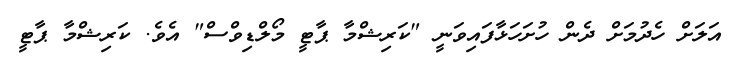
އަލަށް ހެދުމަށް ދެން ހުށަހަޅާފައިވަނީ "ކަރިޝްމާ ޕާޓީ މޯލްޑިވްސް" އެވެ. ކަރިޝްމާ ޕާޓީ